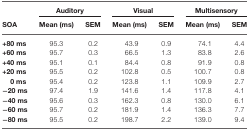
<table><thead><tr><td></td><td colspan="2"><b>Auditory</b></td><td colspan="2"><b>Visual</b></td><td colspan="2"><b>Multisensory</b></td></tr><tr><td><b>SOA</b></td><td><b>Mean (ms)</b></td><td><b>SEM</b></td><td><b>Mean (ms)</b></td><td><b>SEM</b></td><td><b>Mean (ms)</b></td><td><b>SEM</b></td></tr></thead><tbody><tr><td><b>+80 ms</b></td><td>95.3</td><td>0.2</td><td>43.9</td><td>0.9</td><td>74.1</td><td>4.4</td></tr><tr><td><b>+60 ms</b></td><td>95.7</td><td>0.3</td><td>66.5</td><td>1.3</td><td>83.8</td><td>2.6</td></tr><tr><td><b>+40 ms</b></td><td>95.1</td><td>0.1</td><td>84.4</td><td>0.8</td><td>91.9</td><td>0.8</td></tr><tr><td><b>+20 ms</b></td><td>95.5</td><td>0.2</td><td>102.8</td><td>0.5</td><td>100.7</td><td>0.8</td></tr><tr><td><b>0 ms</b></td><td>95.4</td><td>0.2</td><td>123.8</td><td>1.1</td><td>109.9</td><td>2.7</td></tr><tr><td><b>−20 ms</b></td><td>97.4</td><td>1.9</td><td>141.6</td><td>1.4</td><td>117.8</td><td>4.1</td></tr><tr><td><b>−40 ms</b></td><td>95.6</td><td>0.3</td><td>162.3</td><td>0.8</td><td>130.0</td><td>6.1</td></tr><tr><td><b>−60 ms</b></td><td>95.7</td><td>0.2</td><td>181.9</td><td>1.4</td><td>136.3</td><td>7.7</td></tr><tr><td><b>−80 ms</b></td><td>95.5</td><td>0.2</td><td>198.7</td><td>2.2</td><td>139.0</td><td>9.4</td></tr></tbody></table>